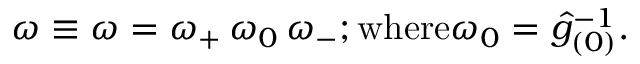
\omega \equiv \omega = \omega _ { + } \, \omega _ { 0 } \, \omega _ { - } ; \mathrm { w h e r e } \omega _ { 0 } = \hat { g } _ { ( 0 ) } ^ { - 1 } .